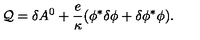
{ \cal Q } = \delta A ^ { 0 } + { \frac { e } { \kappa } } ( \phi ^ { * } \delta \phi + \delta \phi ^ { * } \phi ) .